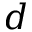
d